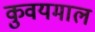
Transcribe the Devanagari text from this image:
कुवयमाल